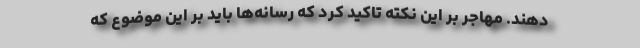
دهند. مهاجر بر این نکته تاکید کرد که رسانه‌ها باید بر این موضوع که